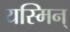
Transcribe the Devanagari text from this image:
यस्मिन्‌